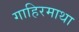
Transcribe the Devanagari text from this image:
गाहिरमाथा